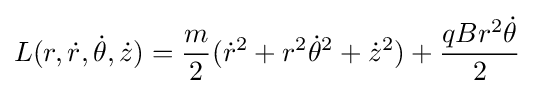
L(r,{\dot {r}},{\dot {\theta }},{\dot {z}})={\frac {m}{2}}({\dot {r}}^{2}+r^{2}{\dot {\theta }}^{2}+{\dot {z}}^{2})+{\frac {qBr^{2}{\dot {\theta }}}{2}}